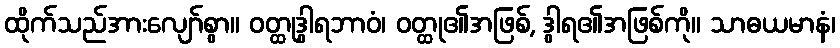
ထိုက်သည်အားလျော်စွာ။ ဝတ္ထုဒွါရဘာဝံ၊ ဝတ္ထု၏အဖြစ်, ဒွါရ၏အဖြစ်ကို။ သာဓယမာနံ၊